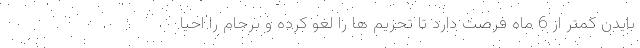
بایدن کمتر از 6 ماه فرصت دارد تا تحریم ها را لغو کرده و برجام را احیا